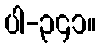
ပါ-၃၄၁။